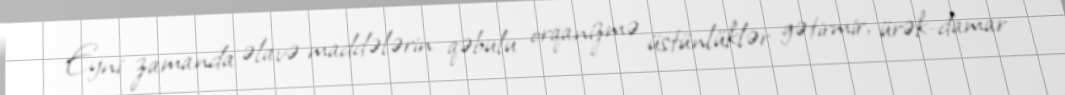
Eyni zamanda əlavə maddələrin qəbulu orqanizmə üstünlüklər gətirmir, ürək-damar